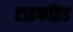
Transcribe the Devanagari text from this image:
टाइफॉइड